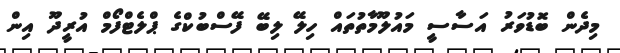
މިދެން ބޮޑުވަރު އަސާސީ މައުލޫމާތުތައް ހިލޭ ލިބޭ ފޭސްބުކްގެ ޕްލެޓްފޯމް އުރީދޫ އިން